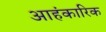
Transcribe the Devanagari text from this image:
आहंकारिक